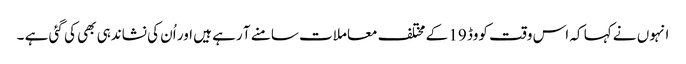
انہوں نے کہا کہ اس وقت کووڈ 19 کے مختلف معاملات سامنے آ رہے ہیں اور اُن کی نشاندہی بھی کی گئی ہے ۔